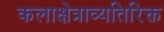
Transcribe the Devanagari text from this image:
कलाक्षेत्राव्यतिरिक्त